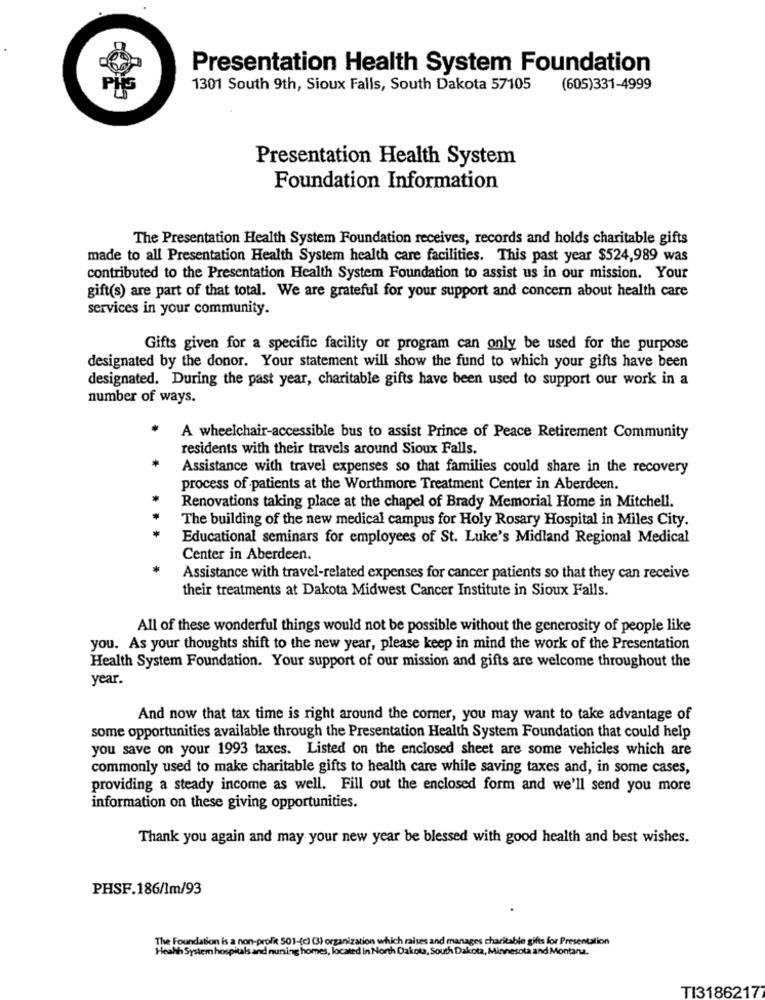
Presentation Health System Foundation
1301 South 9th, Sioux Falls, South Dakota 57105
(605)331-4999
Presentation Health System
Foundation Information
The Presentation Health System Foundation receives, records and holds charitable gifts
made to all Presentation Health System health care facilities. This past year $524,989 was
contributed to the Presentation Health System Foundation to assist us in our mission. Your
gift(s) are part of that total. We are grateful for your support and concern about health care
services in your community.
Gifts given for a specific facility or program can only be used for the purpose
designated by the donor. Your statement will show the fund to which your gifts have been
designated. During the past year, charitable gifts have been used to support our work in a
number of ways.
A wheelchair-accessible bus to assist Prince of Peace Retirement Community
residents with their travels around Sioux Falls.
Assistance with travel expenses so that families could share in the recovery
process of patients at the Worthmore Treatment Center in Aberdeen.
Renovations taking place at the chapel of Brady Memorial Home in Mitchell.
The building of the new medical campus for Holy Rosary Hospital in Miles City.
Educational seminars for employees of St. Luke's Midland Regional Medical
Center in Aberdeen.
Assistance with travel-related expenses for cancer patients so that they can receive
their treatments at Dakota Midwest Cancer Institute in Sioux Falls.
All of these wonderful things would not be possible without the generosity of people like
you. As your thoughts shift to the new year, please keep in mind the work of the Presentation
Health System Foundation. Your support of our mission and gifts are welcome throughout the
year.
And now that tax time is right around the corner, you may want to take advantage of
some opportunities available through the Presentation Health System Foundation that could help
you save on your 1993 taxes. Listed on the enclosed sheet are some vehicles which are
commonly used to make charitable gifts to health care while saving taxes and, in some cases,
providing a steady income as well. Fill out the enclosed form and we'll send you more
information on these giving opportunities.
Thank you again and may your new year be blessed with good health and best wishes.
PHSF.186/1m/93
The Foundation is a non-profit 501-(c) (3) organization which raises and manages charitable gifts for Presentation
Heahh System hospitals and nuning homes, located in North Dakota, South Dakota, Minnesota and Montana.
TI3186217